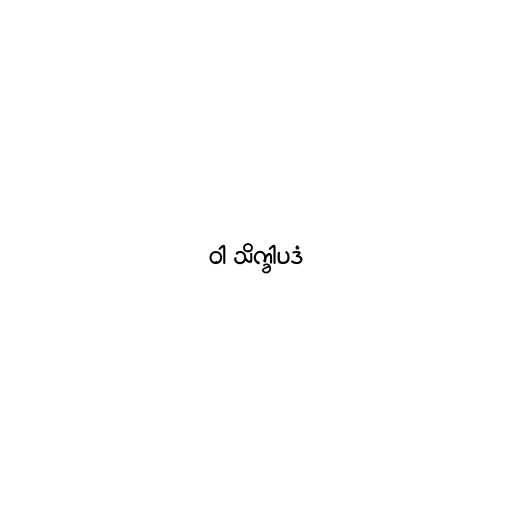
ဝါ သိက္ခါပဒံ